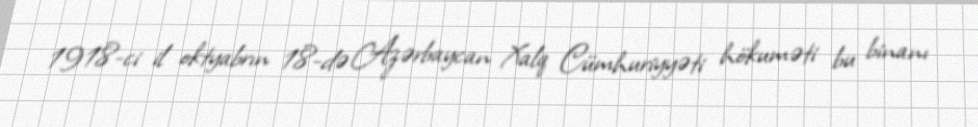
1918-ci il oktyabrın 18-də Azərbaycan Xalq Cümhuriyyəti hökuməti bu binanı